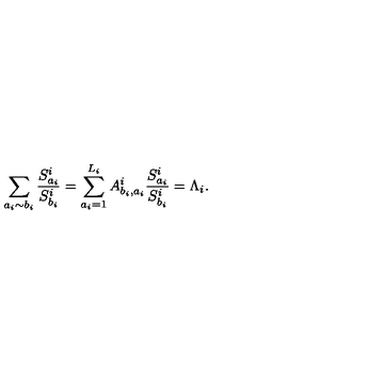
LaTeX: \sum _ { a _ { i } \sim b _ { i } } \frac { S _ { a _ { i } } ^ { i } } { S _ { b _ { i } } ^ { i } } = \sum _ { a _ { i } = 1 } ^ { L _ { i } } A _ { b _ { i } , a _ { i } } ^ { i } \frac { S _ { a _ { i } } ^ { i } } { S _ { b _ { i } } ^ { i } } = \Lambda _ { i } .